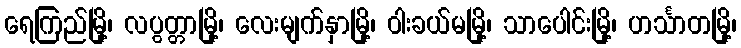
ရေကြည်မြို့၊ လပွတ္တာမြို့၊ လေးမျက်နှာမြို့၊ ဝါးခယ်မမြို့၊ သာပေါင်းမြို့၊ ဟင်္သာတမြို့၊